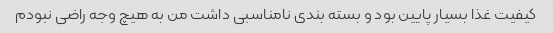
کیفیت غذا بسیار پایین بود و بسته بندی نامناسبی داشت من به هیچ وجه راضی نبودم